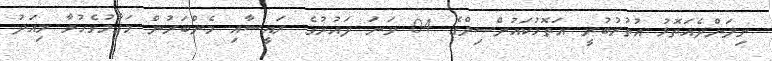
ނިލަންދެއަތޮޅު އުތުރުބުރީ އަތޮޅުކައުންސިލްގެ 04 ވަނަ ދައުރުގެ ރައީސާއި މެންބަރުން މަޤާމުގެހުވާ މިއަދު